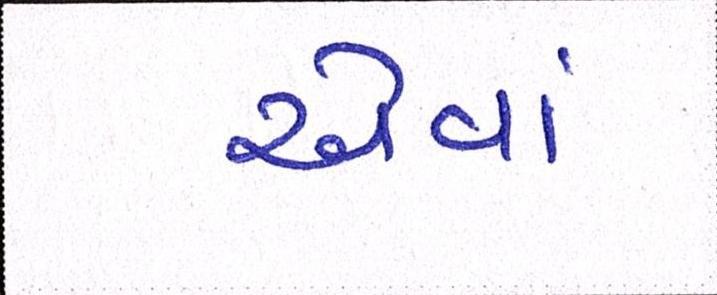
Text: એવાં